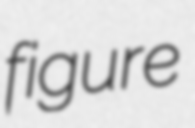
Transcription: figure